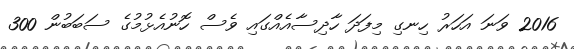
2016 ވަނަ އަހަރު ހިނގި މިފަދަ ހާދިސާއެއްގައި ވެސް ހޮނުއެޅުމުގެ ސަބަބުން 300